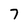
Character: 7